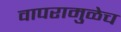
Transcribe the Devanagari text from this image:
वापरामुळेच